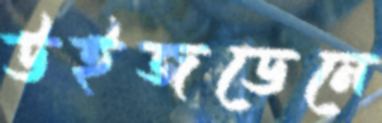
উইজডেনে